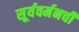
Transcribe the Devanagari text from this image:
सूर्यवर्मनची